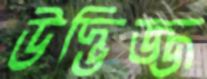
উদ্ভিজ্জ